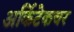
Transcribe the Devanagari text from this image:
अर्किटेकचर